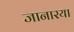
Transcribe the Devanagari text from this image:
जानारया